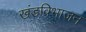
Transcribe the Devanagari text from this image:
खंडविभाजन